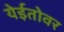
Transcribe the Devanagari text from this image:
येईतोवर